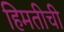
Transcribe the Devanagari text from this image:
हिमतीची